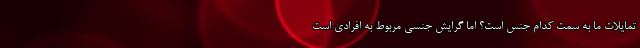
تمایلات ما به سمت کدام جنس است؟ اما گرایش جنسی مربوط به افرادی است